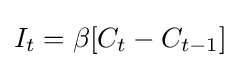
I_{t}=\beta [C_{t}-C_{t-1}]